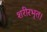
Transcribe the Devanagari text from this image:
शरीरभृत।